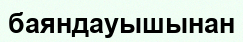
баяндауышынан